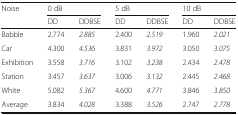
| <ROWSPAN=2> Noise | <COLSPAN=2> 0 dB | <COLSPAN=2> 5 dB | <COLSPAN=2> 10 dB |
 | DD | DDBSE | DD | DDBSE | DD | DDBSE |
 | --- | --- | --- | --- | --- | --- | --- |
 | Babble | 2.774 | 2.885 | 2.400 | 2.519 | 1.960 | 2.021 |
 | Car | 4.300 | 4.536 | 3.831 | 3.972 | 3.050 | 3.075 |
 | Exhibition | 3.558 | 3.716 | 3.102 | 3.238 | 2.434 | 2.478 |
 | Station | 3.457 | 3.637 | 3.006 | 3.132 | 2.445 | 2.468 |
 | White | 5.082 | 5.367 | 4.600 | 4.771 | 3.846 | 3.850 |
 | Average | 3.834 | 4.028 | 3.388 | 3.526 | 2.747 | 2.778 |